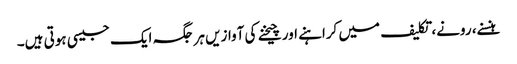
ہنسنے، رونے، تکلیف میں کراہنے اور چیخنے کی آوازیں ہر جگہ ایک جیسی ہوتی ہیں۔